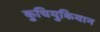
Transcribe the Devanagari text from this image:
कुचियुकियान